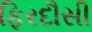
ફિરદૌસી